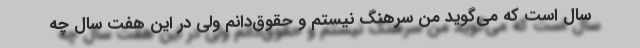
سال است که می‌گوید من سرهنگ نیستم و حقوق‌دانم ولی در این هفت سال چه